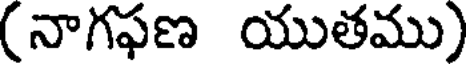
(నాగఫణ యుతము)